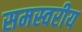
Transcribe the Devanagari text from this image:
समस्वरीय